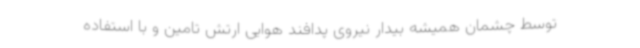
توسط چشمان همیشه بیدار نیروی پدافند هوایی ارتش تامین و با استفاده